Report on lock hospitals in British Burma
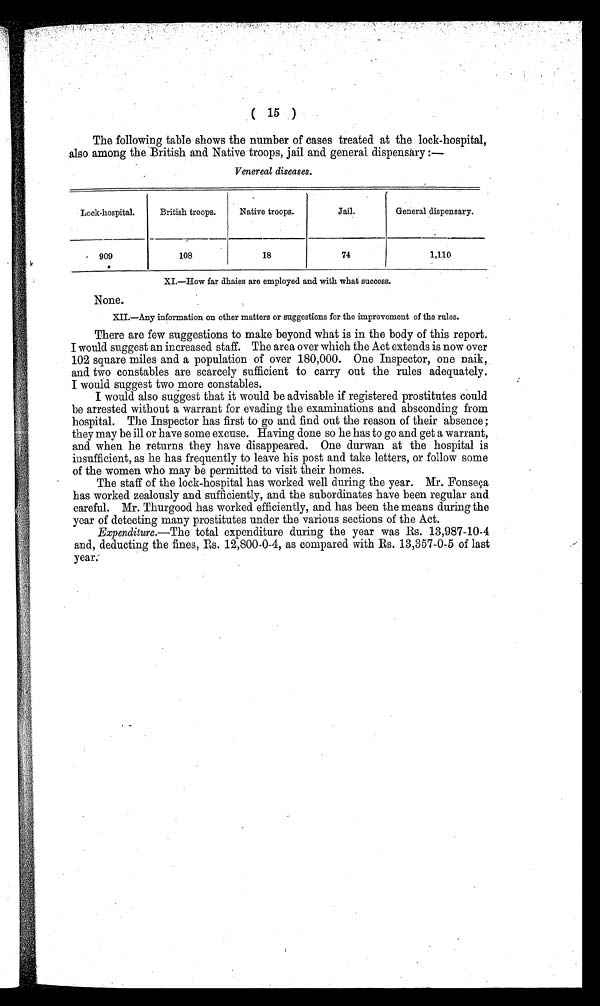
( 15 )
The following table shows the number of cases treated at the lock-hospital,
also among the British and Native troops, jail and general dispensary:—
Venereal diseases.
Look-hospital.
British troops.
Native troops.
Jail.
General dispensary.
909
108
18
74
1,110
XI.—How far dhaies are employed and with what success.
None.
XII.—Any information on other matters or suggestions for the improvement of the rules.
There are few suggestions to make beyond what is in the body of this report.
I would suggest an increased staff. The area over which the Act extends is now over
102 square miles and a population of over 180,000. One Inspector, one naik,
and two constables are scarcely sufficient to carry out the rules adequately.
I would suggest two more constables.
I would also suggest that it would be advisable if registered prostitutes could
be arrested without a warrant for evading the examinations and absconding from
hospital. The Inspector has first to go and find out the reason of their absence;
they may be ill or have some excuse. Having done so he has to go and get a warrant,
and when he returns they have disappeared. One durwan at the hospital is
insufficient, as he has frequently to leave his post and take letters, or follow some
of the women who may be permitted to visit their homes.
The staff of the lock-hospital has worked well during the year. Mr. Fonseca
has worked zealously and sufficiently, and the subordinates have been regular and
careful. Mr. Thurgood has worked efficiently, and has been the means during the
year of detecting many prostitutes under the various sections of the Act.
Expenditure.—The total expenditure during the year was Rs. 13,987-10-4
and, deducting the fines, Rs. 12,800-0-4, as compared with Rs. 13,357-0-5 of last
year.-